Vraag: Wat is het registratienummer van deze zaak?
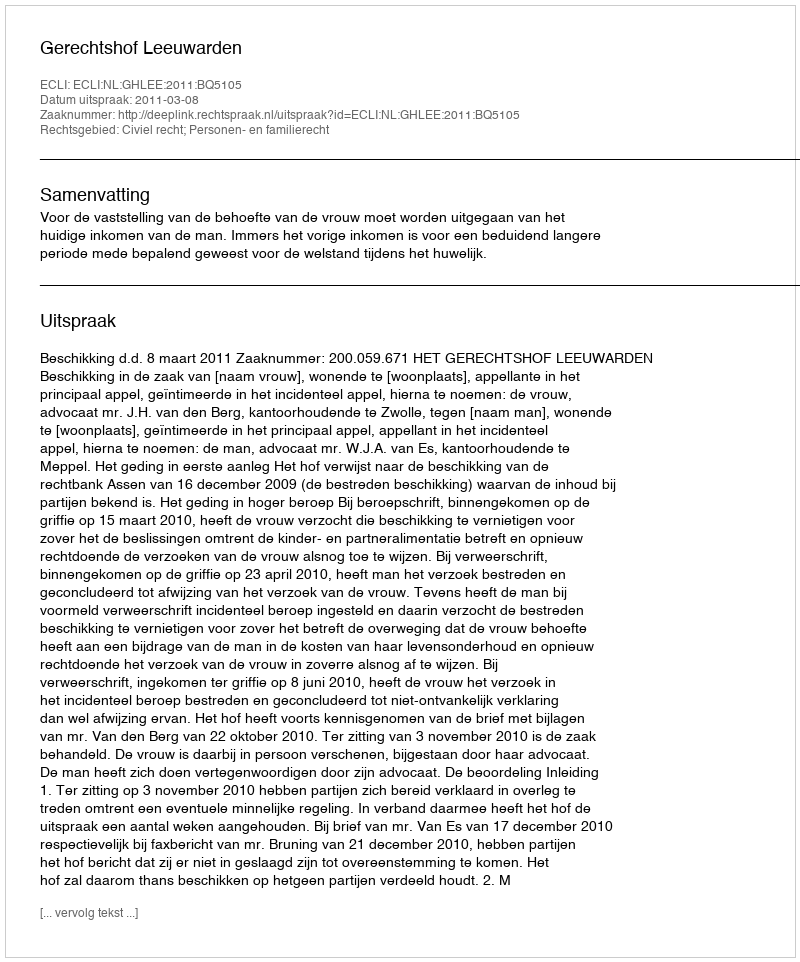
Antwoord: http://deeplink.rechtspraak.nl/uitspraak?id=ECLI:NL:GHLEE:2011:BQ5105